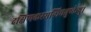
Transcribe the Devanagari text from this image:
दक्षिणकरसन्धिचतुष्केषु।